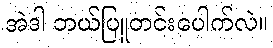
အဲဒါ ဘယ်ပြူတင်းပေါက်လဲ။